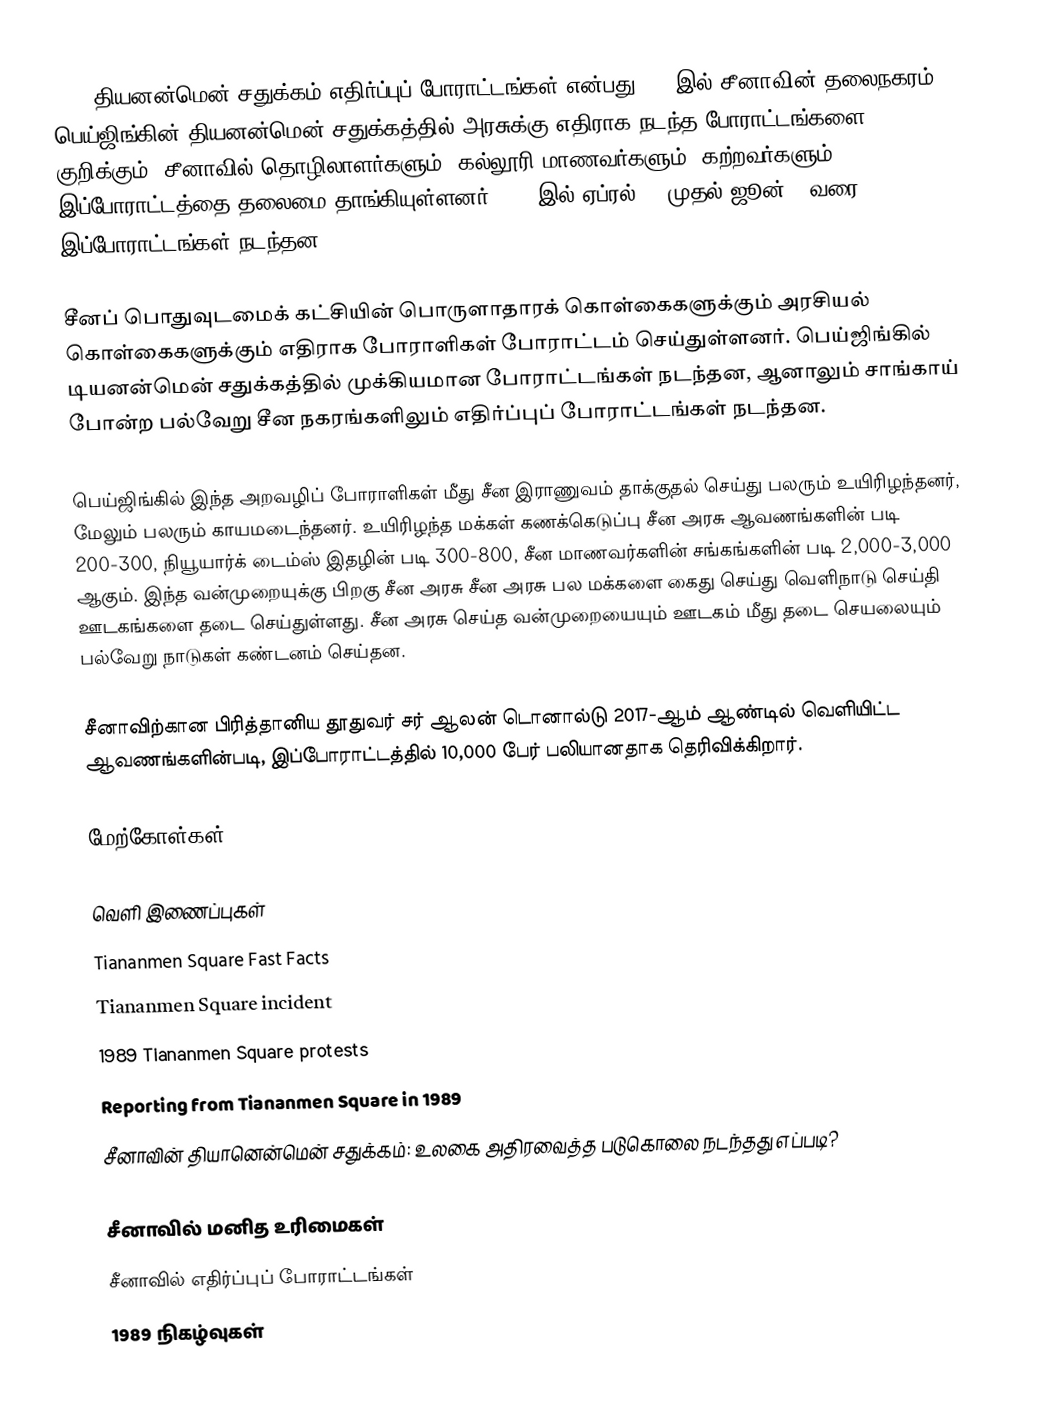
1989 தியனன்மென் சதுக்கம் எதிர்ப்புப் போராட்டங்கள் என்பது 1989இல் சீனாவின் தலைநகரம் பெய்ஜிங்கின் தியனன்மென் சதுக்கத்தில் அரசுக்கு எதிராக நடந்த போராட்டங்களை குறிக்கும். சீனாவில் தொழிலாளர்களும், கல்லூரி மாணவர்களும், கற்றவர்களும் இப்போராட்டத்தை தலைமை தாங்கியுள்ளனர். 1989இல் ஏப்ரல் 15 முதல் ஜூன் 4 வரை இப்போராட்டங்கள் நடந்தன.

சீனப் பொதுவுடமைக் கட்சியின் பொருளாதாரக் கொள்கைகளுக்கும் அரசியல் கொள்கைகளுக்கும் எதிராக போராளிகள் போராட்டம் செய்துள்ளனர். பெய்ஜிங்கில் டியனன்மென் சதுக்கத்தில் முக்கியமான போராட்டங்கள் நடந்தன, ஆனாலும் சாங்காய் போன்ற பல்வேறு சீன நகரங்களிலும் எதிர்ப்புப் போராட்டங்கள் நடந்தன.

பெய்ஜிங்கில் இந்த அறவழிப் போராளிகள் மீது சீன இராணுவம் தாக்குதல் செய்து பலரும் உயிரிழந்தனர், மேலும் பலரும் காயமடைந்தனர். உயிரிழந்த மக்கள் கணக்கெடுப்பு சீன அரசு ஆவணங்களின் படி 200-300, நியூயார்க் டைம்ஸ் இதழின் படி 300-800, சீன மாணவர்களின் சங்கங்களின் படி 2,000-3,000 ஆகும். இந்த வன்முறையுக்கு பிறகு சீன அரசு சீன அரசு பல மக்களை கைது செய்து வெளிநாடு செய்தி ஊடகங்களை தடை செய்துள்ளது. சீன அரசு செய்த வன்முறையையும் ஊடகம் மீது தடை செயலையும் பல்வேறு நாடுகள் கண்டனம் செய்தன.

சீனாவிற்கான பிரித்தானிய தூதுவர் சர் ஆலன் டொனால்டு 2017-ஆம் ஆண்டில் வெளியிட்ட  ஆவணங்களின்படி, இப்போராட்டத்தில் 10,000 பேர் பலியானதாக தெரிவிக்கிறார்.

மேற்கோள்கள்

வெளி இணைப்புகள்
  Tiananmen Square Fast Facts
 Tiananmen Square incident
 1989 Tiananmen Square protests
 Reporting from Tiananmen Square in 1989
 சீனாவின் தியானென்மென் சதுக்கம்: உலகை அதிரவைத்த படுகொலை நடந்தது எப்படி?

சீனாவில் மனித உரிமைகள்
சீனாவில் எதிர்ப்புப் போராட்டங்கள்
1989 நிகழ்வுகள்